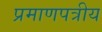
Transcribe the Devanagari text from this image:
प्रमाणपत्रीय